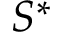
S ^ { \ast }